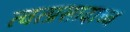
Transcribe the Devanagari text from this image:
त्वत्प्रसादाच्च